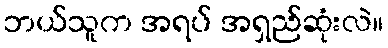
ဘယ်သူက အရပ် အရှည်ဆုံးလဲ။